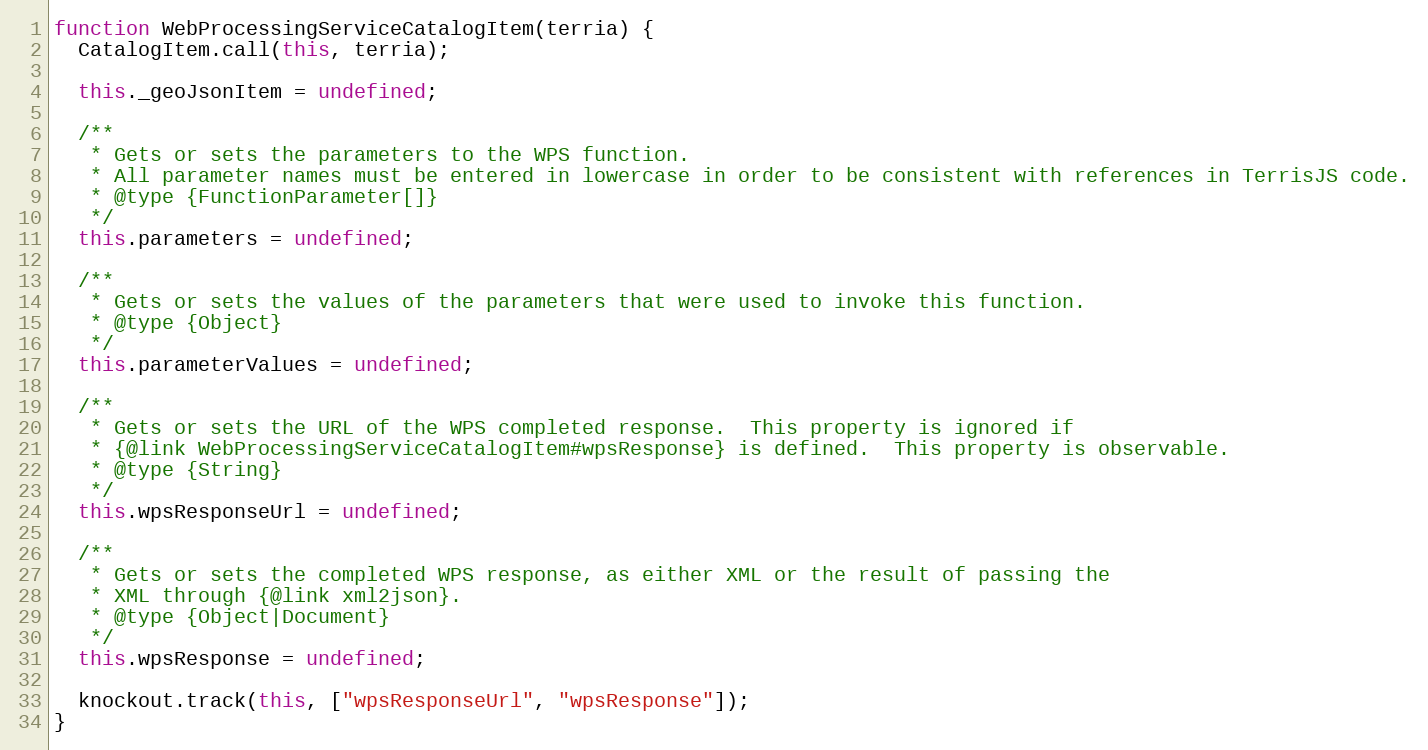
Language: JavaScript
function WebProcessingServiceCatalogItem(terria) {
  CatalogItem.call(this, terria);

  this._geoJsonItem = undefined;

  /**
   * Gets or sets the parameters to the WPS function.
   * All parameter names must be entered in lowercase in order to be consistent with references in TerrisJS code.
   * @type {FunctionParameter[]}
   */
  this.parameters = undefined;

  /**
   * Gets or sets the values of the parameters that were used to invoke this function.
   * @type {Object}
   */
  this.parameterValues = undefined;

  /**
   * Gets or sets the URL of the WPS completed response.  This property is ignored if
   * {@link WebProcessingServiceCatalogItem#wpsResponse} is defined.  This property is observable.
   * @type {String}
   */
  this.wpsResponseUrl = undefined;

  /**
   * Gets or sets the completed WPS response, as either XML or the result of passing the
   * XML through {@link xml2json}.
   * @type {Object|Document}
   */
  this.wpsResponse = undefined;

  knockout.track(this, ["wpsResponseUrl", "wpsResponse"]);
}